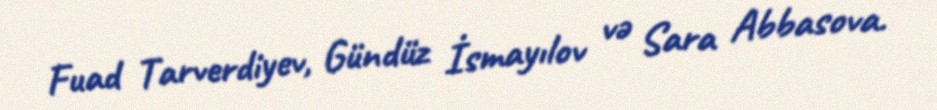
Fuad Tarverdiyev, Gündüz İsmayılov və Sara Abbasova.